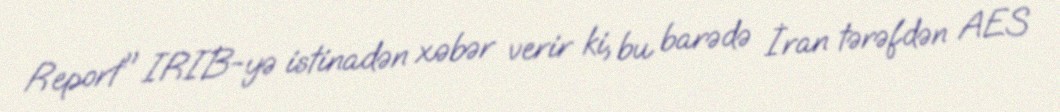
Report" IRIB-yə istinadən xəbər verir ki, bu barədə İran tərəfdən AES